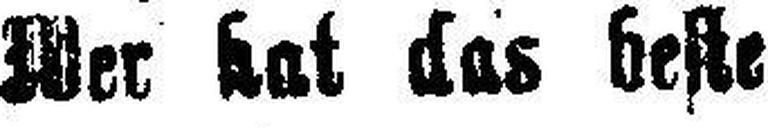
Wer hat das beste